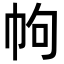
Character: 𢂁